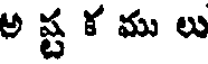
అ ష్ట క ము లు